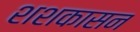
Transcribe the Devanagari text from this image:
शशकासन